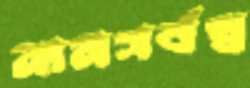
নামসর্বস্ব